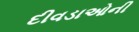
દીવડાઓની